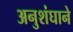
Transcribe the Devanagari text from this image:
अनुशंघाने